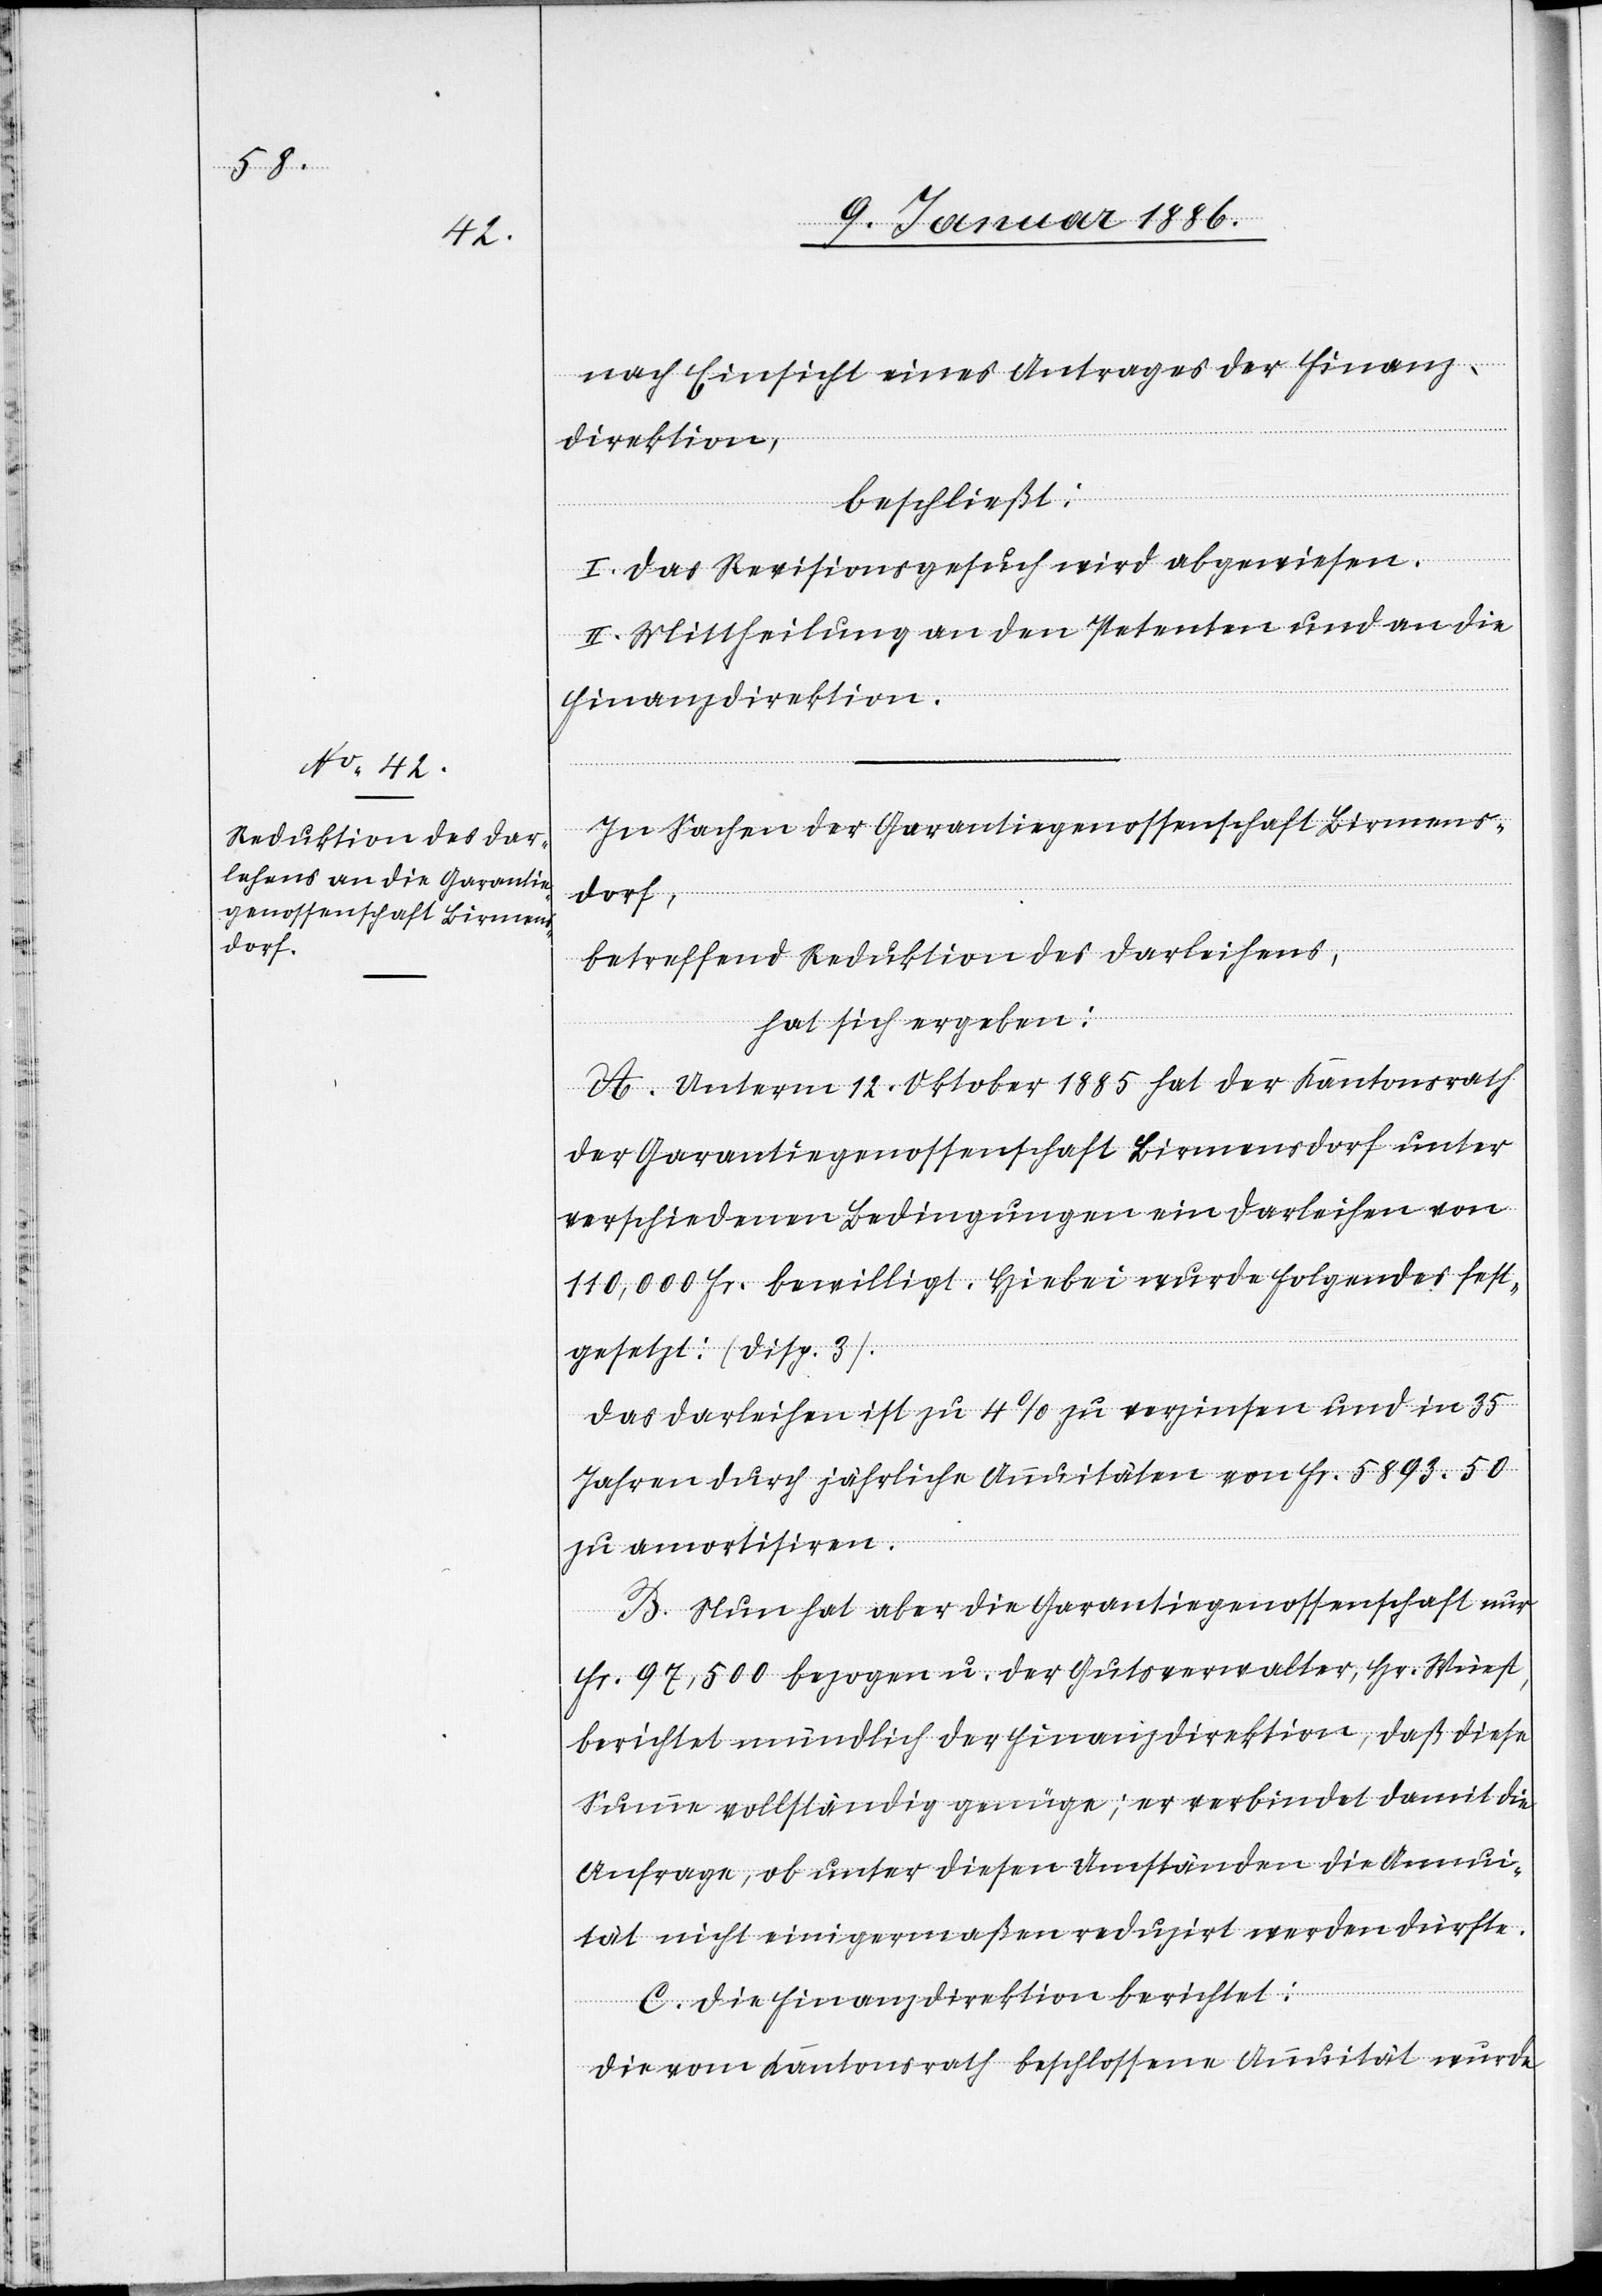
nach Einsicht eines Antrages der Finanz¬
direktion,
beschließt:
I. Das Revisionsgesuch wird abgewiesen.
II. Mittheilung an den Petenten und an die
Finanzdirektion.
In Sachen der Garantiegenossenschaft Birmens¬
dorf,
betreffend Reduktion des Darleihens,
hat sich ergeben:
A. Unterm 12. Oktober 1885 hat der Kantonsrath
der Garantiegenossenschaft Birmensdorf unter
verschiedenen Bedingungen ein Darleihen von
110,000 Fr. bewilligt. Hiebei wurde folgendes fest¬
gesetzt: (Disp. 3).
Das Darleihen ist zu 4% zu verzinsen und im 35
Jahren durch jährliche Annuitäten von Fr. 5893. 50
zu amortisiren.
B. Nun hat aber die Garantiegenossenschaft nur
Fr. 97,500 bezogen u. der Gutsverwalter, Hr. Weiß,
berichtet mündlich der Finanzdirektion, daß diese
Summe vollständig genüge; er verbindet damit die
Anfrage, ob unter diesen Umständen die Annui¬
tät nicht einigermaßen reduzirt werden dürfte.
C. Die Finanzdirektion berichtet:
Die vom Kantonsrath beschlossene Annuität wurde